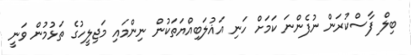
ބިލް ފާސްކުރަން ނުފެންނަ ކަމަށް ހަނި އަޣުލަބިއްޔަތަކުން ނިންމައި މަޖިލީހުގެ ތަޅުމުން ވަނީ